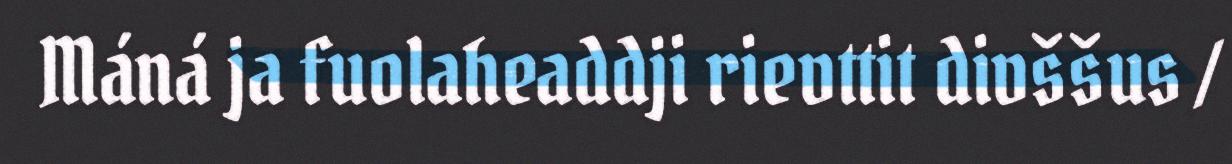
Máná ja fuolaheaddji rievttit divššus /